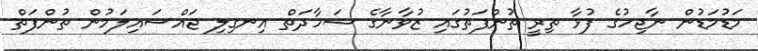
މަޑުމަޑުން ނާޖިހުގެ ފުޅާ ތިރީ ތުންފަތުގައި ޒުވާނާގެ ޝަހާދަތް އިނގިލި ޖައްސައިލަމުން ތުންފަތް